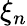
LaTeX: \xi_{n}